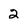
Character: 2